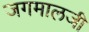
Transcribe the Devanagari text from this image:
जगमालजी